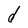
Character: d